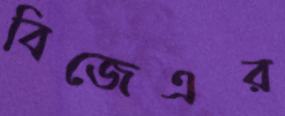
বিজেএর